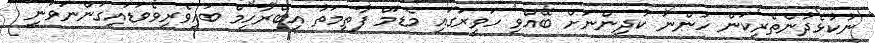
ނުކުޅެދުންތެރިކަން ހުންނަ ކުދިންނަށް ބޭއްވި ހަވީރުގައި މެޑަމް ފާތިމަތު އިބްރާހިމް ބައިވެރިވެވަޑައިގަންނަވަނީ